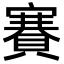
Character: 賽